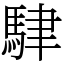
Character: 䮇